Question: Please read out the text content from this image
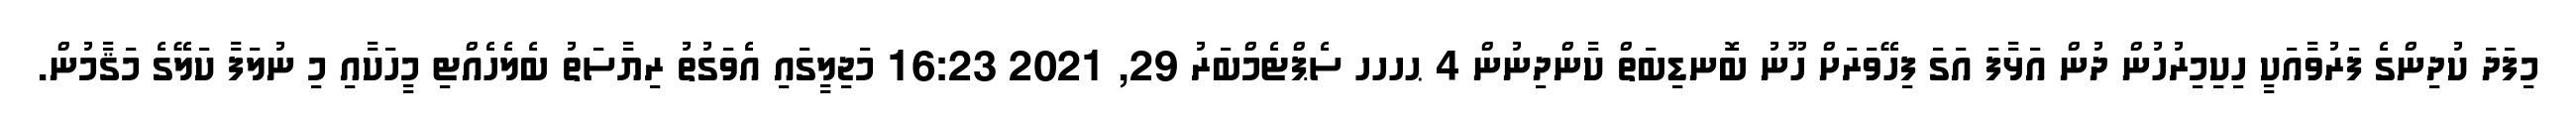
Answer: މިފަދަ ކުދިންގެ ފަރުވާއަކީ ހިކިމިރުހުން ދުން އަޅާފަ އަގަ ފިހޭވަރަށް ހޫނު ބޮނޑިބަތް ކާންދިނުން 4 ޙހހހ ސެޕްޓެމްބަރު 29, 2021 16:23 މަޖިލީގައި އެވަގުތު ރިޔާސަތު ބެލެހެއްޓި މީހަކާއި މި ނުލަފާ ކަލޭގެ މަޤާމުން.